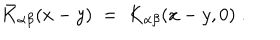
{ \bar { K } } _ { \alpha \beta } ( x - y ) \; = \; K _ { \alpha \beta } ( x - y , 0 ) \; .